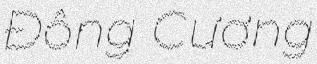
Đông Cương